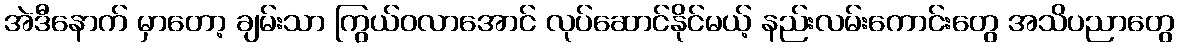
အဲဒီနောက် မှာတော့ ချမ်းသာ ကြွယ်ဝလာအောင် လုပ်ဆောင်နိုင်မယ့် နည်းလမ်းကောင်းတွေ အသိပညာတွေ